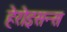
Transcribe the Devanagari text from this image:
हेरोइसन्स